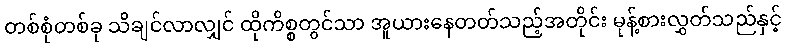
တစ်စုံတစ်ခု သိချင်လာလျှင် ထိုကိစ္စတွင်သာ အူယားနေတတ်သည့်အတိုင်း မုန့်စားလွှတ်သည်နှင့်